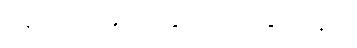
ဝန်ထုပ်တခုကို ဆွဲငင်ထားနိုင်သည်။